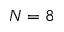
N = 8